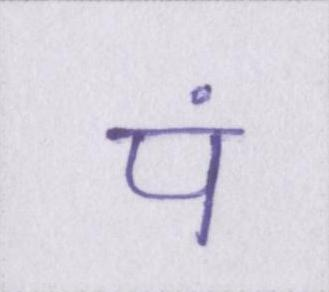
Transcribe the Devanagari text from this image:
पं